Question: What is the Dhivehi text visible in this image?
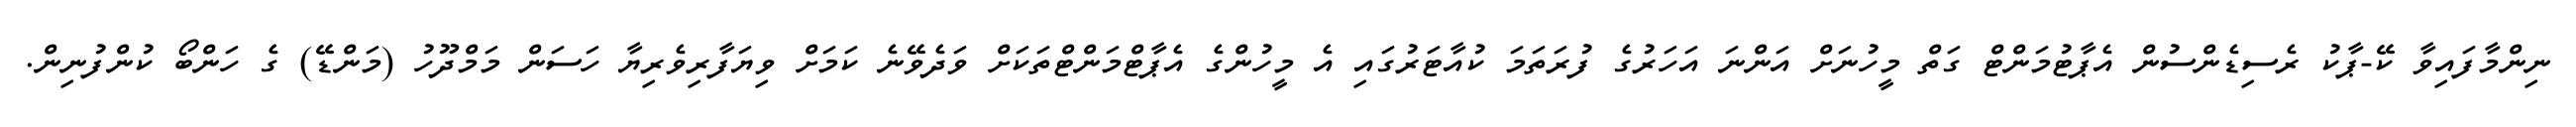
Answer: ނިންމާފައިވާ ކޭ-ޕާކު ރެސިޑެންސުން އެޕާޓުމަންޓް ގަތް މީހުނަށް އަންނަ އަހަރުގެ ފުރަތަމަ ކުއާޓަރުގައި އެ މީހުންގެ އެޕާޓްމަންޓްތަކަށް ވަދެވޭނެ ކަމަށް ވިޔަފާރިވެރިޔާ ހަސަން މަމްދޫހު (މަންޑޭ) ގެ ހަންބޯ ކުންފުނިން.